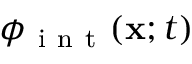
\phi _ { \mathrm { ~ i ~ n ~ t ~ } } ( \mathbf { x } ; t )